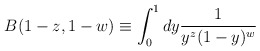
\begin{align*}B(1-z,1-w) \equiv \int_0^1 dy\frac{1}{y^z(1-y)^w}\end{align*}